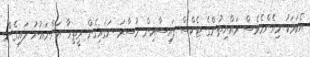
އެކަމަކު މިއެންމެވެސް ރައްޔިތުންގެ ޓެކްސް ފައިސާއިން މުސާރަ ނަގައިގެން ރީތިހާ އަންނައުނު ލައިގެން